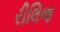
રીલિજ